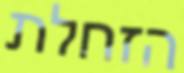
הזחלת